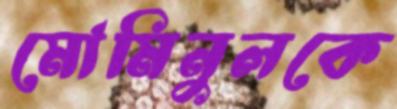
মোমিনুলকে